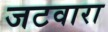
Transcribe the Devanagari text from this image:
जटवारा